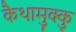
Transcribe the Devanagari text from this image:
कैथामुक्कु